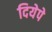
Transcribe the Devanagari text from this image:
दियेपे